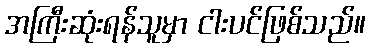
အကြီးဆုံးရန်သူမှာ ငါးပင်ဖြစ်သည်။